Vaccination North-Western Provinces 1866-1877 - 1866-1877
Year: 1866
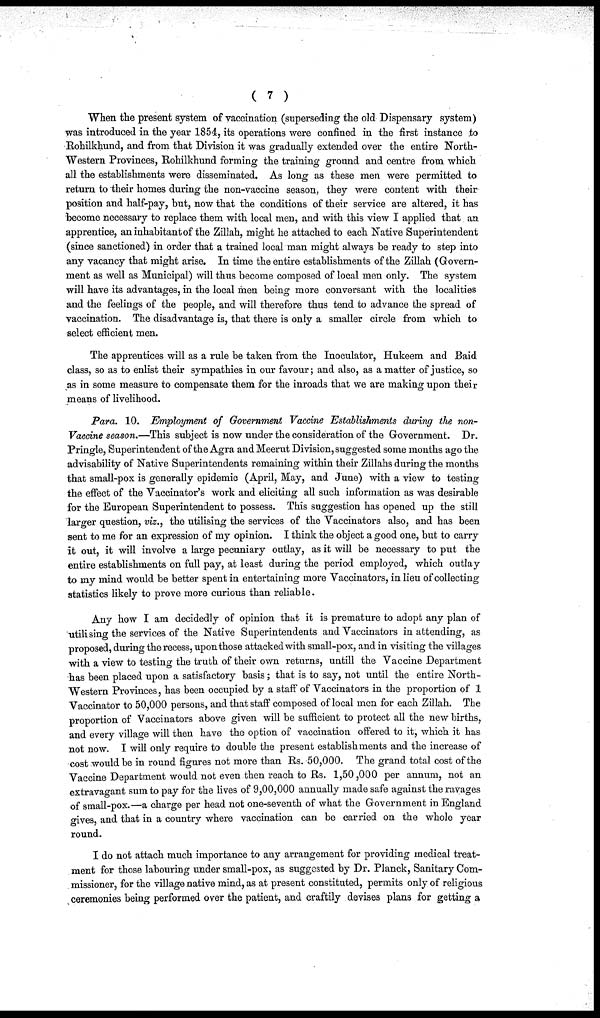
( 7 )
When the present system of vaccination (superseding the old Dispensary system)
was introduced in the year 1854, its operations were confined in the first instance to
Rohilkhund, and from that Division it was gradually extended over the entire North¬
Western Provinces, Rohilkhund forming the training ground and centre from which
all the establishments were disseminated. As long as these men were permitted to
return to their homes during the non-vaccine season, they were content with their
position and half-pay, but, now that the conditions of their service are altered, it has
become necessary to replace them with local men, and with this view I applied that an
apprentice, an inhabitant of the Zillah, might he attached to each Native Superintendent
(since sanctioned) in order that a trained local man might always be ready to step into
any vacancy that might arise. In time the entire establishments of the Zillah (Govern-
ment as well as Municipal) will thus become composed of local men only. The system
will have its advantages, in the local men being more conversant with the localities
and the feelings of the people, and will therefore thus tend to advance the spread of
vaccination. The disadvantage is, that there is only a smaller circle from which to
select efficient men.
The apprentices will as a rule be taken from the Inoculator, Hukeem and Baid
class, so as to enlist their sympathies in our favour; and also, as a matter of justice, so
as in some measure to compensate them for the inroads that we are making upon their
means of livelihood.
Para. 10. Employment of Government Vaccine Establishments during the non-
Vaccine season.—This subject is now under the consideration of the Government. Dr.
Pringle, Superintendent of the Agra and Meerut Division, suggested some months ago the
advisability of Native Superintendents remaining within their Zillahs during the months
that small-pox is generally epidemic (April, May, and June) with a view to testing
the effect of the Vaccinator's work and eliciting all such information as was desirable
for the European Superintendent to possess. This suggestion has opened up the still
larger question, viz., the utilising the services of the Vaccinators also, and has been
sent to me for an expression of my opinion. I think the object a good one, but to carry
it out, it will involve a large pecuniary outlay, as it will be necessary to put the
entire establishments on full pay, at least during the period employed, which outlay
to my mind would be better spent in entertaining more Vaccinators, in lieu of collecting
statistics likely to prove more curious than reliable.
Any how I am decidedly of opinion that it is premature to adopt any plan of
utilising the services of the Native Superintendents and Vaccinators in attending, as
proposed, during the recess, upon those attacked with small-pox, and in visiting the villages
with a view to testing the truth of their own returns, untill the Vaccine Department
has been placed upon a satisfactory basis; that is to say, not until the entire North-
-estern Provinces, has been occupied by a staff of Vaccinators in the proportion of 1
Vaccinator to 50,000 persons, and that staff composed of local men for each Zillah. The
proportion of Vaccinators above given will be sufficient to protect all the new births,
and every village will then have the option of vaccination offered to it, which it has
not now. I will only require to double the present establishments and the increase of
cost would be in round figures not more than Rs. 50,000. The grand total cost of the
Vaccine Department would not even then reach to Rs. 1,50,000 per annum, not an
extravagant sum to pay for the lives of 9,00,000 annually made safe against the ravages
of small-pox.—a charge per head not one-seventh of what the Government in England
gives, and that in a country where vaccination can be carried on the whole year
round.
I do not attach much importance to any arrangement for providing medical treat-
ment for those labouring under small-pox, as suggested by Dr. Planck, Sanitary Com-
missioner, for the village native mind, as at present constituted, permits only of religious
ceremonies being performed over the patient, and craftily devises plans for getting a